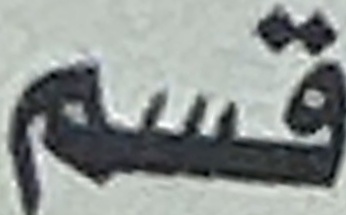
قسم